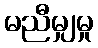
မညီမျှမှု